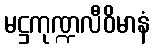
မဋ္ဌကုဏ္ဍလီဝိမာနံ